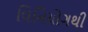
વિનિયોગથી